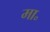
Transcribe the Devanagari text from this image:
मा॰